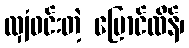
လျှံဝင်းတဲ့ ပြောင်ထိန်၊